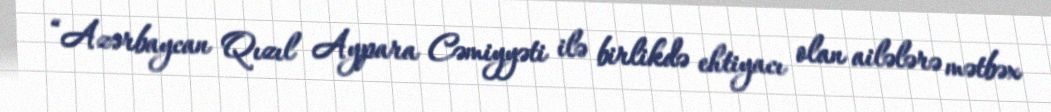
“Azərbaycan Qızıl Aypara Cəmiyyəti ilə birlikdə ehtiyacı olan ailələrə mətbəx